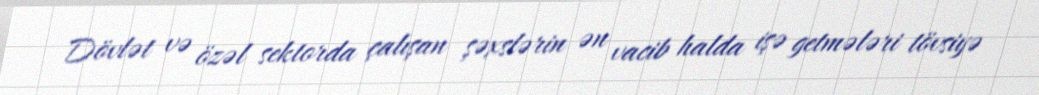
Dövlət və özəl sektorda çalışan şəxslərin ən vacib halda işə getmələri tövsiyə